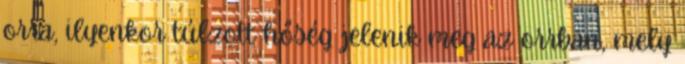
orra, ilyenkor túlzott hőség jelenik meg az orrban, mely